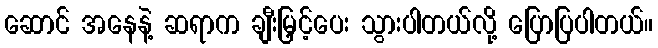
ဆောင် အနေနဲ့ ဆရာက ချီးမြှင့်ပေး သွားပါတယ်လို့ ပြောပြပါတယ်။